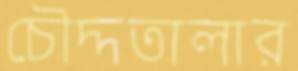
চৌদ্দতালার